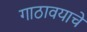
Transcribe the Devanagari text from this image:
गाठावयाचे